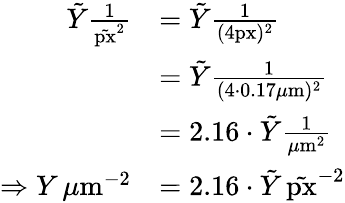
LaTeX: \begin{array}{rl}{\tilde{Y}\frac{1}{\tilde{\mathrm{px}}^{2}}}&{=\tilde{Y}\frac{1}{(4\mathrm{px})^{2}}}\\ &{=\tilde{Y}\frac{1}{(4\cdot 0.17\mu\mathrm{m})^{2}}}\\ &{=2.16\cdot\tilde{Y}\frac{1}{\mu\mathrm{m}^{2}}}\\ {\Rightarrow Y\, \mu\mathrm{m}^{-2}}&{=2.16\cdot\tilde{Y}\, \tilde{\mathrm{px}}^{-2}}\end{array}